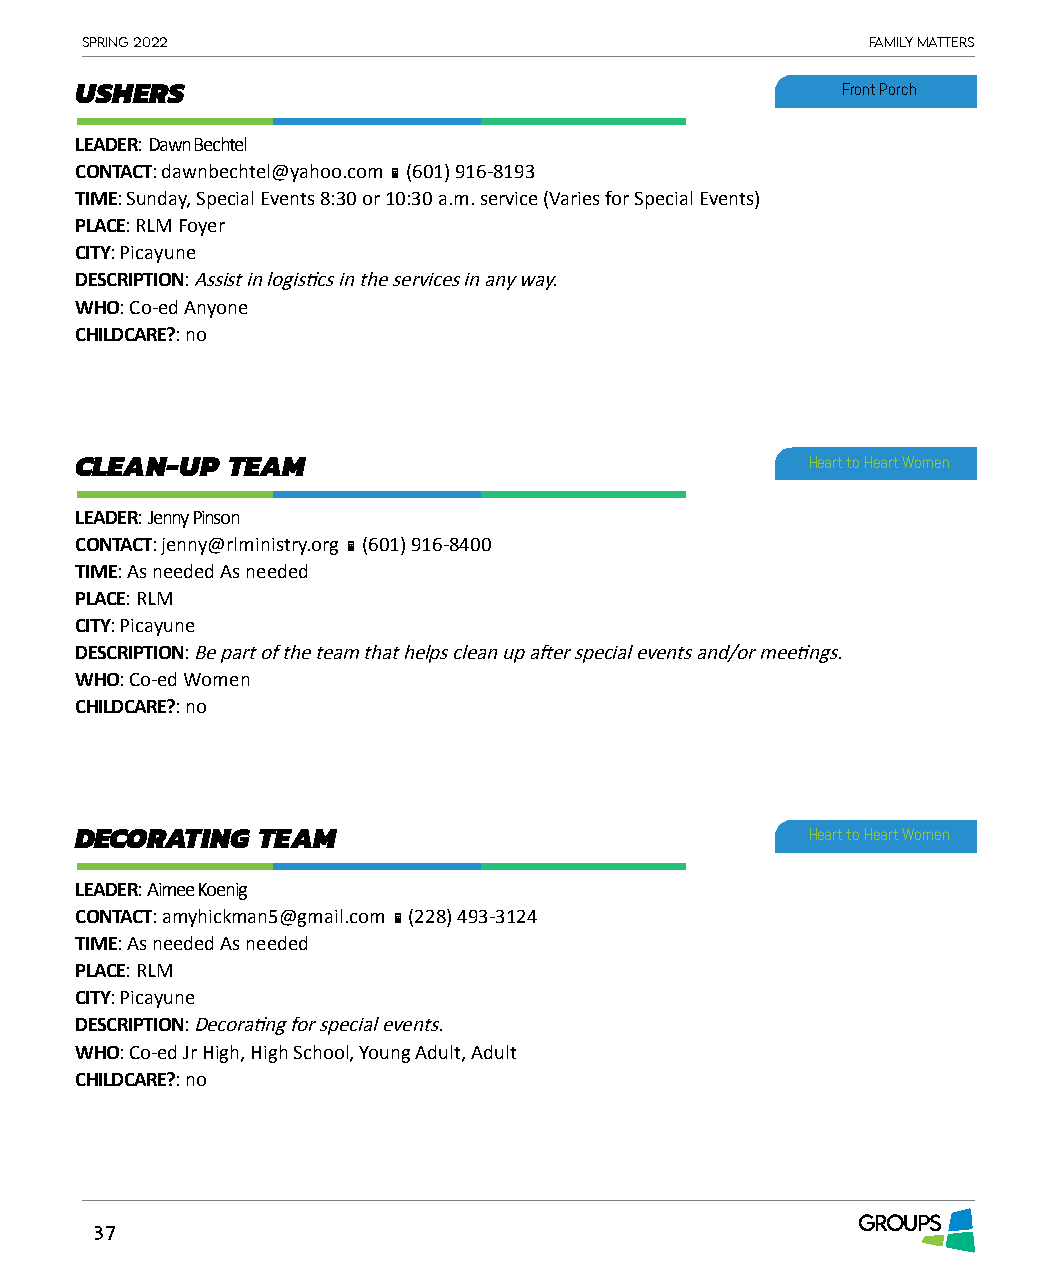
Spring 2022                                          Family matterS
 USHERS                                             Front Porch
 LEADER: Dawn Bechtel
 CONTACT: dawnbechtel@yahoo.com  (601) 916-8193
 TIME: Sunday, Special Events 8:30 or 10:30 a.m. service (Varies for Special Events)
 PLACE: RLM Foyer
 CITY: Picayune
 DESCRIPTION: Assist in logistics in the services in any way.
 WHO: Co-ed Anyone
 CHILDCARE?: no
 CLEAN-UP  TEAM                                   Heart to Heart Women
 LEADER: Jenny Pinson
 CONTACT: jenny@rlministry.org  (601) 916-8400
 TIME: As needed As needed
 PLACE: RLM
 CITY: Picayune
 DESCRIPTION: Be part of the team that helps clean up after special events and/or meetings.
 WHO: Co-ed Women
 CHILDCARE?: no
 DECORATING  TEAM                                 Heart to Heart Women
 LEADER: Aimee Koenig
 CONTACT: amyhickman5@gmail.com  (228) 493-3124
 TIME: As needed As needed
 PLACE: RLM
 CITY: Picayune
 DESCRIPTION: Decorating for special events.
 WHO: Co-ed Jr High, High School, Young Adult, Adult
 CHILDCARE?: no
 GROUPS
 37